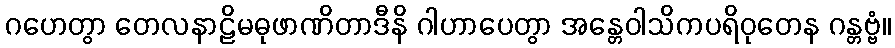
ဂဟေတွာ တေလနာဠိမဓုဖာဏိတာဒီနိ ဂါဟာပေတွာ အန္တေဝါသိကပရိဝုတေန ဂန္တဗ္ဗံ။